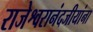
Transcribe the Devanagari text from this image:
राजेश्वरानंदजीयांना